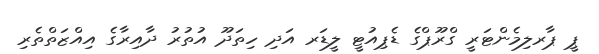
ޕީ ޕާރލިމެންޓަރީ ގްރޫޕްގެ ޑެޕިއުޓީ ލީޑަރ އަދި ހިތަދޫ އުތުރު ދާއިރާގެ އިއްޒަތްތެރި